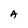
Character: A